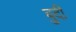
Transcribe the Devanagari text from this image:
बुदी